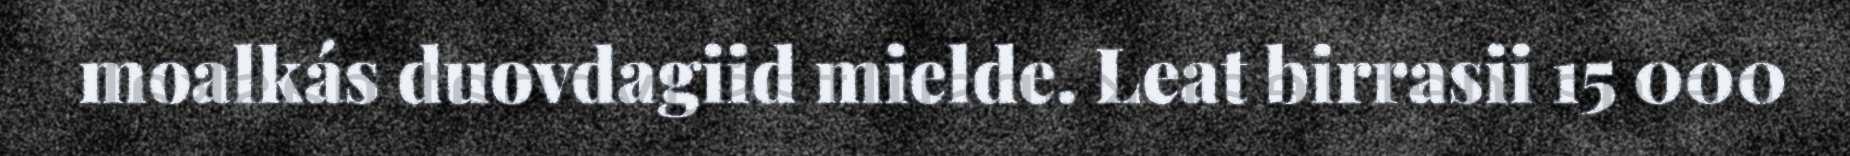
moalkás duovdagiid mielde. Leat birrasii 15 000